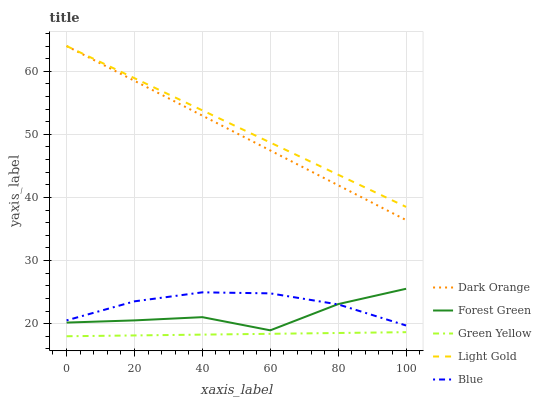
| xaxis_label | Dark Orange | Forest Green | Green Yellow | Light Gold | Blue |
 | --- | --- | --- | --- | --- | --- |
 | 0 | 64 | 20.2 | 18 | 64 | 20.5 |
 | 20 | 58.5 | 20.5 | 18.1 | 58.9 | 23.5 |
 | 40 | 53 | 21 | 18.3 | 53.8 | 25 |
 | 60 | 47.4 | 18.9 | 18.4 | 48.7 | 24.8 |
 | 80 | 41.9 | 23.1 | 18.5 | 43.6 | 23 |
 | 100 | 36.4 | 25.5 | 18.6 | 38.5 | 19.7 |